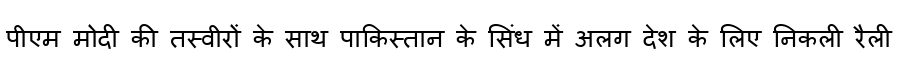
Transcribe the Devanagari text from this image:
पीएम मोदी की तस्वीरों के साथ पाकिस्तान के सिंध में अलग देश के लिए निकली रैली